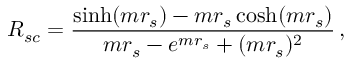
R _ { s c } = \frac { \sinh ( m r _ { s } ) - m r _ { s } \cosh ( m r _ { s } ) } { m r _ { s } - e ^ { m r _ { s } } + ( m r _ { s } ) ^ { 2 } } \, ,